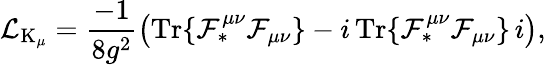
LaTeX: {\cal L}_{\mathrm{K}_{\mu}}=\frac{-1}{8g^{2}}\left(\mathrm{Tr}\{ {\cal F}_{\ast}^{\mu\nu}{\cal F}_{\mu\nu}\} -i\, \mathrm{Tr}\{ {\cal F}_{\ast}^{\mu\nu}{\cal F}_{\mu\nu}\} \, i\right),